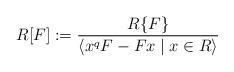
LaTeX: \begin{align*}R[F]:=\frac{R\{F\}}{\left\langle x^{q}F-Fx\mid x\in R\right\rangle }\end{align*}